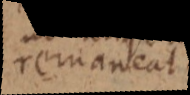
remaneat